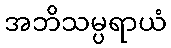
အဘိသမ္ပရာယံ